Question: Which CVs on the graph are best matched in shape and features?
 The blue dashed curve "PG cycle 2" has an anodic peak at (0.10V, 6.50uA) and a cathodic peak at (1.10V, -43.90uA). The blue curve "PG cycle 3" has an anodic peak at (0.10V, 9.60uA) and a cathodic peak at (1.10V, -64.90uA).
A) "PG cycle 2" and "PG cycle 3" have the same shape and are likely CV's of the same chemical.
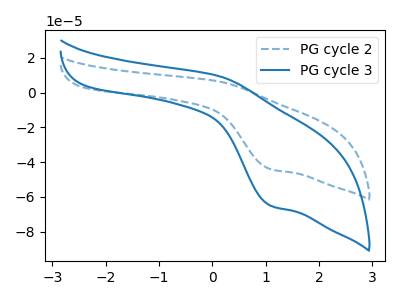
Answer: <think>All the peaks in "PG cycle 2" have a peak in "PG cycle 3" at the same potential. Every peak in "PG cycle 2" is lower than every peak in "PG cycle 3".
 </think>
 <answer>A) "PG cycle 2" and "PG cycle 3" have the same shape and are likely CV's of the same chemical.</answer>
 <eval>A</eval>